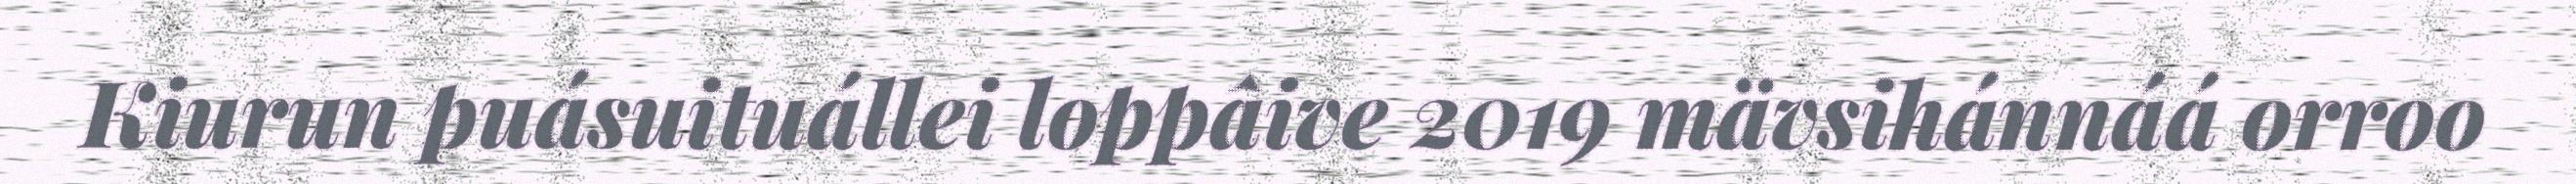
Kiurun puásuituállei loppâive 2019 mävsihánnáá orroo